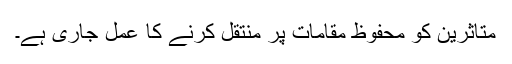
متاثرین کو محفوظ مقامات پر منتقل کرنے کا عمل جاری ہے۔